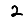
Digit: 2